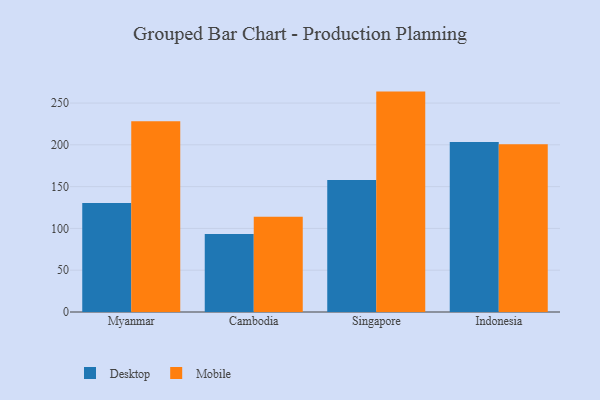
{"axis": {"x": "Country", "y": "Backlog"}, "legend": ["Desktop", "Mobile"], "data": [{"x": "Myanmar", "y": 130.4, "type": "Desktop"}, {"x": "Myanmar", "y": 228.3, "type": "Mobile"}, {"x": "Cambodia", "y": 93.3, "type": "Desktop"}, {"x": "Cambodia", "y": 114.0, "type": "Mobile"}, {"x": "Singapore", "y": 158.0, "type": "Desktop"}, {"x": "Singapore", "y": 263.7, "type": "Mobile"}, {"x": "Indonesia", "y": 203.3, "type": "Desktop"}, {"x": "Indonesia", "y": 200.8, "type": "Mobile"}]}